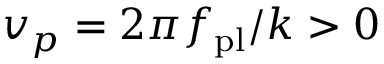
v _ { p } = 2 \pi f _ { \mathrm { p l } } / k > 0